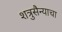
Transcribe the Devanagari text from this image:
शत्रुसैन्याचा